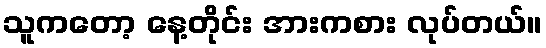
သူကတော့ နေ့တိုင်း အားကစား လုပ်တယ်။